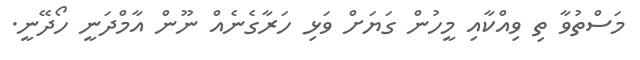
މަސްތުވާ ތި ވިއްކާއި މީހުން ގަޔަށް ވަޅި ހަރާގެނެއް ނޫން އާމްދަނީ ހޯދޭނީ.